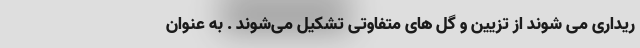
ریداری می ‌شوند از تزیین و گل های متفاوتی تشکیل می‌شوند . به عنوان